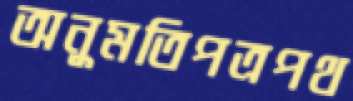
অনুমতিপত্রপথ